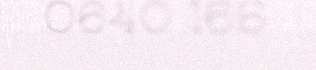
0640 165